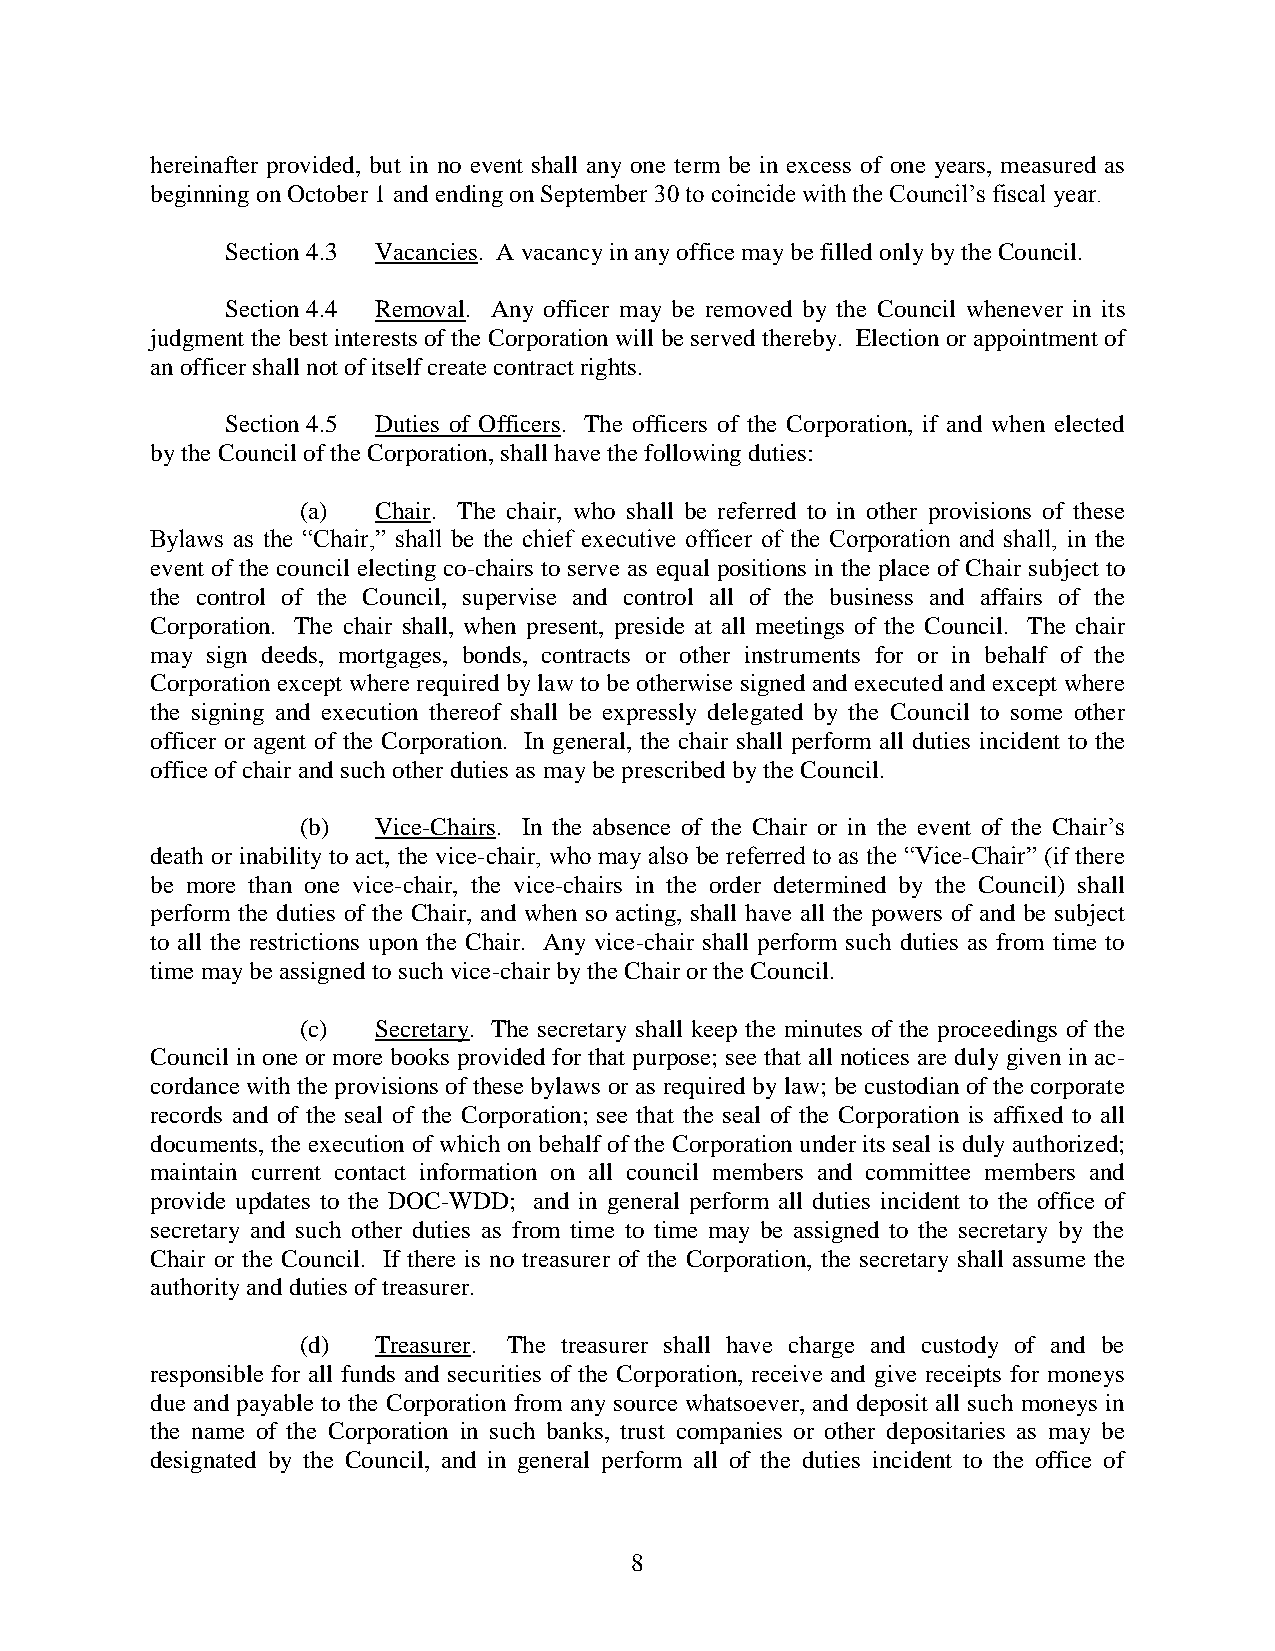
hereinafter provided, but in no event shall any one term be in excess of one years, measured as
 beginning on October 1 and ending on September 30 to coincide with the Council’s fiscal year.
 Section 4.3 Vacancies. A vacancy in any office may be filled only by the Council.
 Section 4.4 Removal. Any officer may be removed by the Council whenever in its
 judgment the best interests of the Corporation will be served thereby. Election or appointment of
 an officer shall not of itself create contract rights.
 Section 4.5 Duties of Officers. The officers of the Corporation, if and when elected
 by the Council of the Corporation, shall have the following duties:
 (a)  Chair. The chair, who shall be referred to in other provisions of these
 Bylaws as the “Chair,” shall be the chief executive officer of the Corporation and shall, in the
 event of the council electing co-chairs to serve as equal positions in the place of Chair subject to
 the control of the Council, supervise and control all of the business and affairs of the
 Corporation. The chair shall, when present, preside at all meetings of the Council. The chair
 may sign deeds, mortgages, bonds, contracts or other instruments for or in behalf of the
 Corporation except where required by law to be otherwise signed and executed and except where
 the signing and execution thereof shall be expressly delegated by the Council to some other
 officer or agent of the Corporation. In general, the chair shall perform all duties incident to the
 office of chair and such other duties as may be prescribed by the Council.
 (b)  Vice-Chairs. In the absence of the Chair or in the event of the Chair’s
 death or inability to act, the vice-chair, who may also be referred to as the “Vice-Chair” (if there
 be more than one vice-chair, the vice-chairs in the order determined by the Council) shall
 perform the duties of the Chair, and when so acting, shall have all the powers of and be subject
 to all the restrictions upon the Chair. Any vice-chair shall perform such duties as from time to
 time may be assigned to such vice-chair by the Chair or the Council.
 (c)  Secretary. The secretary shall keep the minutes of the proceedings of the
 Council in one or more books provided for that purpose; see that all notices are duly given in ac-
 cordance with the provisions of these bylaws or as required by law; be custodian of the corporate
 records and of the seal of the Corporation; see that the seal of the Corporation is affixed to all
 documents, the execution of which on behalf of the Corporation under its seal is duly authorized;
 maintain current contact information on all council members and committee members and
 provide updates to the DOC-WDD; and in general perform all duties incident to the office of
 secretary and such other duties as from time to time may be assigned to the secretary by the
 Chair or the Council. If there is no treasurer of the Corporation, the secretary shall assume the
 authority and duties of treasurer.
 (d)  Treasurer. The treasurer shall have charge and custody of and be
 responsible for all funds and securities of the Corporation, receive and give receipts for moneys
 due and payable to the Corporation from any source whatsoever, and deposit all such moneys in
 the name of the Corporation in such banks, trust companies or other depositaries as may be
 designated by the Council, and in general perform all of the duties incident to the office of
 8